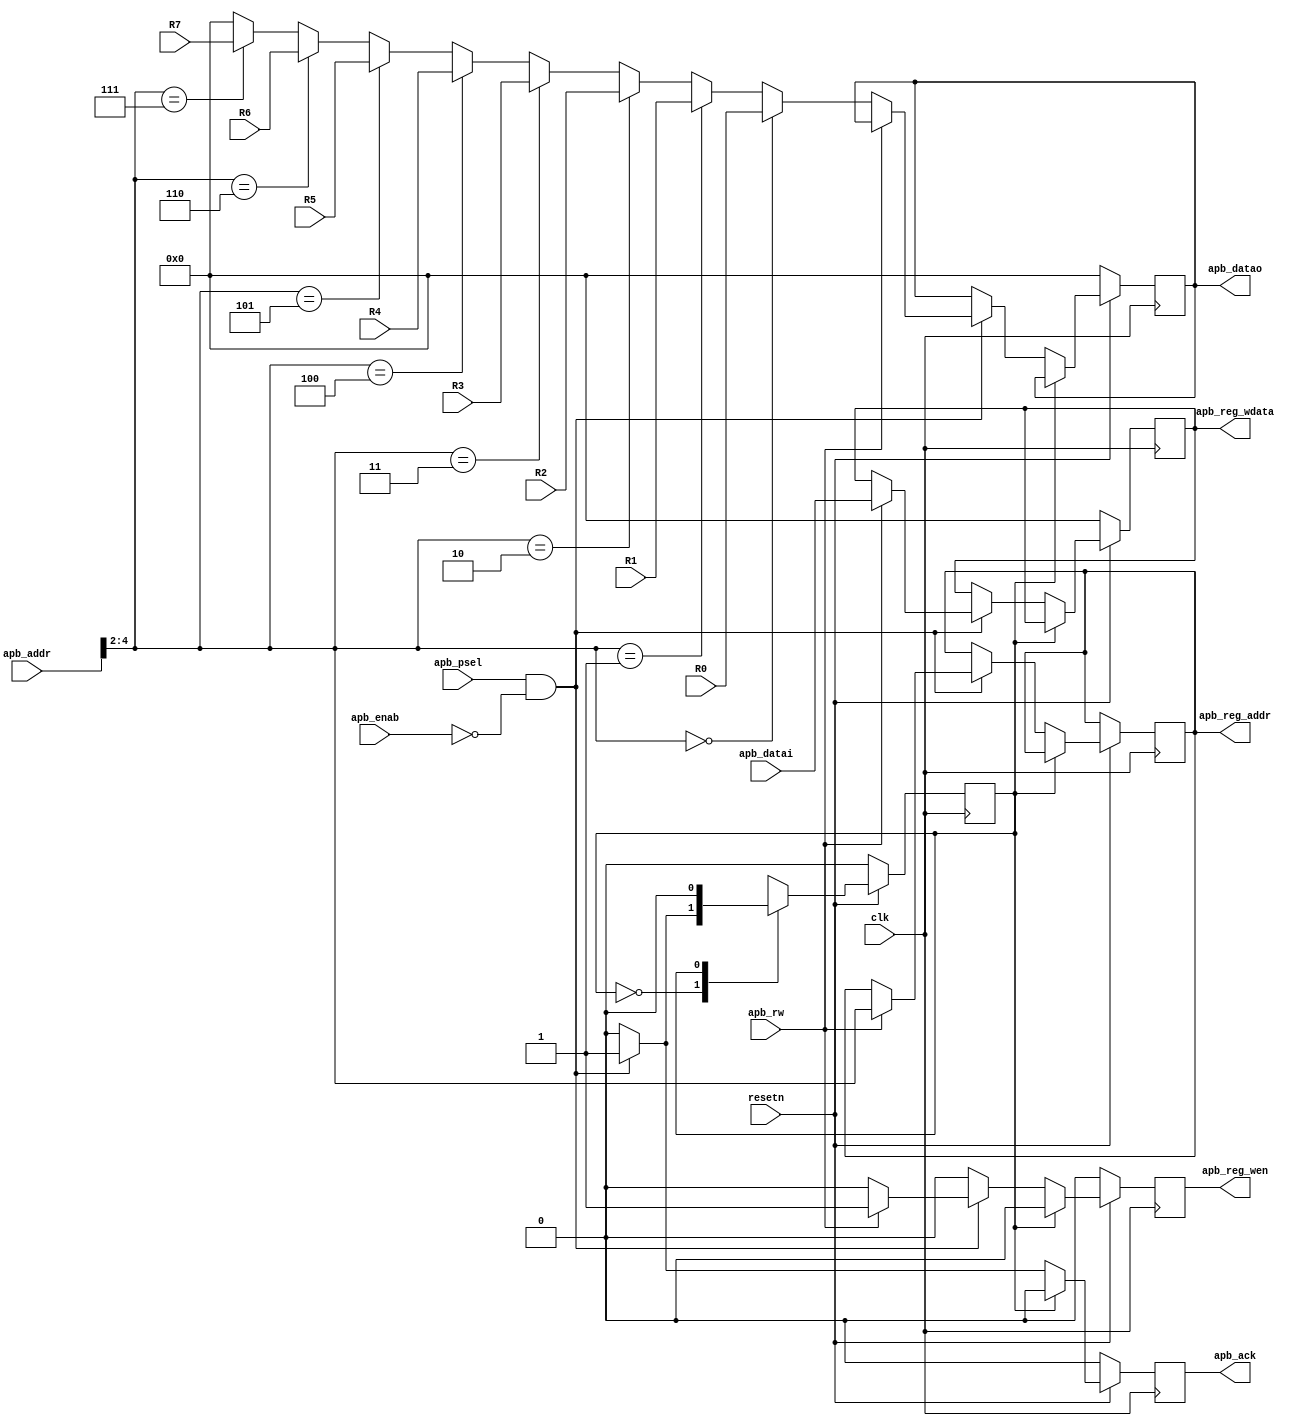
module apb_register_if # (
    parameter ADDR_WIDTH = 32,
    parameter APB_DATA_WIDTH = 32,
    parameter REG_NUM = 8,
    parameter REG_DATA_WIDTH = 32
)
(
    input                            clk,
    input                            resetn,

    input                            apb_psel,
	input                            apb_rw,    // 0 for rd, 1 for wr
    input      [ADDR_WIDTH-1:0]     apb_addr,
	input                            apb_enab,
    input      [APB_DATA_WIDTH-1:0] apb_datai,

    output reg [APB_DATA_WIDTH-1:0] apb_reg_wdata,
    output reg [$clog2(REG_NUM)-1:0] apb_reg_addr,
    output reg                       apb_reg_wen, 

    input      [APB_DATA_WIDTH-1:0] R0,
    input      [APB_DATA_WIDTH-1:0] R1,
    input      [APB_DATA_WIDTH-1:0] R2,
    input      [APB_DATA_WIDTH-1:0] R3,
    input      [APB_DATA_WIDTH-1:0] R4,
    input      [APB_DATA_WIDTH-1:0] R5,
    input      [APB_DATA_WIDTH-1:0] R6,
    input      [APB_DATA_WIDTH-1:0] R7,
    
    output reg [APB_DATA_WIDTH-1:0] apb_datao,
	output reg                       apb_ack
);
    initial begin
        apb_ack = 0;
    end

    localparam LOG2_REG_NUM = $clog2(REG_NUM);
    localparam LOG2_REG_BYTE_ADDR_WIDTH = $clog2(REG_DATA_WIDTH/8);
    localparam IDLE = 1'b0;
    localparam ENABLE = 1'b1;

    reg state_current = IDLE, state_next = IDLE;

    always @(posedge clk) begin
        if (~resetn) begin
            state_current <= IDLE;
        end
        else begin
            state_current <= state_next;
        end
    end

    always @(*) begin
        case (state_current)
            IDLE: begin
                if (apb_psel & ~apb_enab) begin
                    state_next = ENABLE;
                end
                else begin
                    state_next = IDLE;
                end
            end

            ENABLE: begin
                state_next = IDLE;
            end
        endcase
    end


    always @(posedge clk) begin
        if (~resetn) begin
            apb_ack <= 0;
            apb_datao <= 0;
            apb_reg_wdata <= 0;
            apb_reg_wen <=0;
        end
        else begin
            apb_ack <= 1'b0;
            apb_reg_wen <= 1'b0;
            case (state_current)
                IDLE: begin
                    if (apb_psel & ~apb_enab) begin
                        apb_ack <= 1'b1;
                        if (apb_rw) begin
                            apb_reg_wdata <= apb_datai;
                            apb_reg_addr <= apb_addr[LOG2_REG_BYTE_ADDR_WIDTH+:LOG2_REG_NUM];
                            apb_reg_wen <= 1;
                        end
                        else begin
                            apb_datao <= apb_addr[LOG2_REG_BYTE_ADDR_WIDTH+:LOG2_REG_NUM] == 'd0 ? R0 :
                                         apb_addr[LOG2_REG_BYTE_ADDR_WIDTH+:LOG2_REG_NUM] == 'd1 ? R1 :
                                         apb_addr[LOG2_REG_BYTE_ADDR_WIDTH+:LOG2_REG_NUM] == 'd2 ? R2 :
                                         apb_addr[LOG2_REG_BYTE_ADDR_WIDTH+:LOG2_REG_NUM] == 'd3 ? R3 :
                                         apb_addr[LOG2_REG_BYTE_ADDR_WIDTH+:LOG2_REG_NUM] == 'd4 ? R4 :
                                         apb_addr[LOG2_REG_BYTE_ADDR_WIDTH+:LOG2_REG_NUM] == 'd5 ? R5 :
                                         apb_addr[LOG2_REG_BYTE_ADDR_WIDTH+:LOG2_REG_NUM] == 'd6 ? R6 :
                                         apb_addr[LOG2_REG_BYTE_ADDR_WIDTH+:LOG2_REG_NUM] == 'd7 ? R7 : 0;
                        end
                    end
                end

                ENABLE: begin
                end
            endcase
        end
    end

endmodule